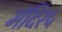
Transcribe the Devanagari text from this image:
मंदिर५